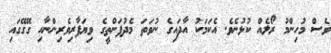
ވެސް މުހިންމު ރޯލެއް ކުޅުނެވެ. އެކަމަކު އާދައިގެ ނުވަތަ މެދުފަންތީގެ ވިޔަފާރިވެރިންނާއި ގޭގޭގައިި